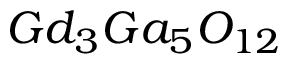
G d _ { 3 } G a _ { 5 } O _ { 1 2 }